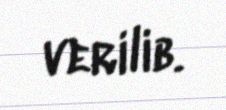
verilib.